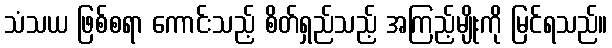
သံသယ ဖြစ်စရာ ကောင်းသည့် စိတ်ရှည်သည့် အကြည့်မျိုးကို မြင်ရသည်။